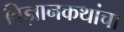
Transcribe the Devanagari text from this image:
विज्ञानकथांचा